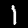
Digit: 1